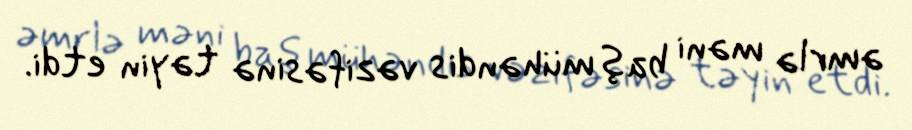
əmrlə məni baş mühəndis vəzifəsinə təyin etdi.